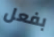
بفعل